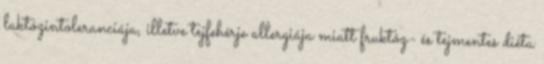
laktózintoleranciája, illetve tejfehérje allergiája miatt fruktóz- és tejmentes diéta